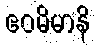
ဧဝမိမာနိ